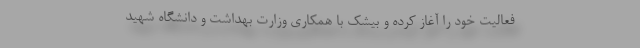
فعالیت خود را آغاز کرده و بیشک با همکاری وزارت بهداشت و دانشگاه شهید